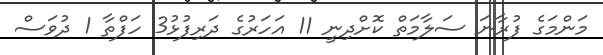
މަންމަގެ ފުރާނަ ސަލާމަތް ކޮށްދިނީ 11 އަހަރުގެ ދަރިފުޅު3 ހަފްތާ 1 ދުވަސް